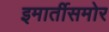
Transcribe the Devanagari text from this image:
इमार्तीसमोर